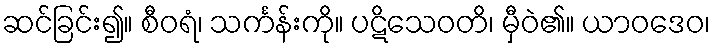
ဆင်ခြင်း၍။ စီဝရံ၊ သင်္ကန်းကို။ ပဋိသေဝတိ၊ မှီဝဲ၏။ ယာဝဒေဝ၊